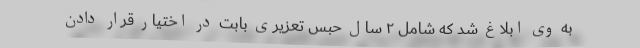
به وی ابلاغ شد که شامل ۲ سال حبس تعزیری بابت در اختیار قرار دادن